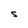
Character: S